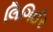
લિગિઈર